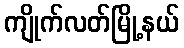
ကျိုက်လတ်မြို့နယ်